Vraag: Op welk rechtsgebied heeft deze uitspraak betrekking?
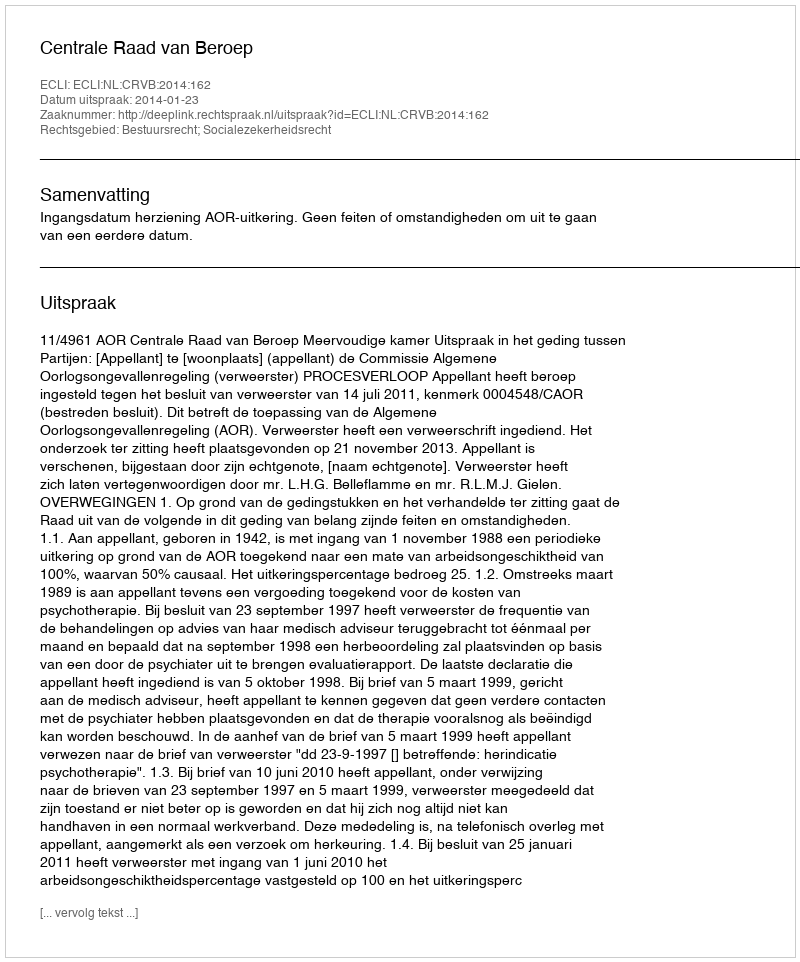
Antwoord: Bestuursrecht; Socialezekerheidsrecht